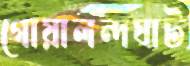
গোয়ালন্দঘাট